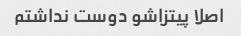
اصلا پیتزاشو دوست نداشتم